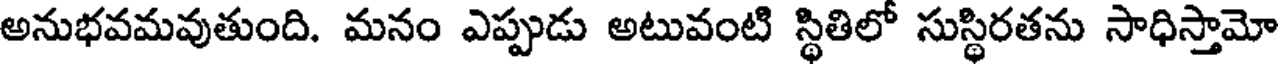
అనుభవమవుతుంది. మనం ఎప్పుడు అటువంటి స్థితిలో సుస్థిరతను సాధిస్తామో